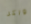
واكر